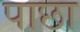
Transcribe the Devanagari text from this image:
पाछा